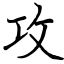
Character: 攻